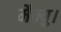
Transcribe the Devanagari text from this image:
मैन्यु।